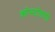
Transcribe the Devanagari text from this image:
क्रोमटोग्राफी